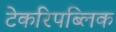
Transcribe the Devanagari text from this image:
टेकरिपब्लिक